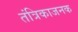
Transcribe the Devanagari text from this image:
तंत्रिकाजनक